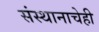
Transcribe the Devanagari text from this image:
संस्थानाचेही